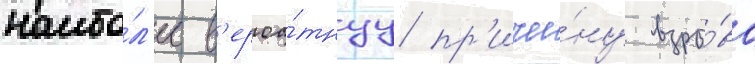
наибо́л'ее в'ероа́тнуу пр'ичи́ну взры́ва